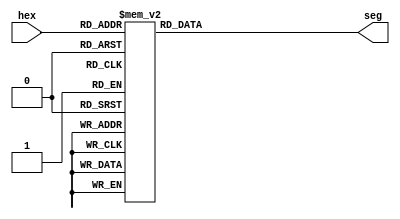
`timescale 1ns / 1ps

module hex2ssd(
    input [3:0] hex,
    output reg [6:0] seg
    );
	 
	 always @ (*)
	 begin
		case(hex)
			4'h0	:	seg = 7'h3f; //0
			4'h1	:	seg = 7'h06; //1
			4'h2	:	seg = 7'h5b; //2
			4'h3	:	seg = 7'h4f; //3
			4'h4	:	seg = 7'h66; //4
			4'h5	:	seg = 7'h6d; //5
			4'h6	:	seg = 7'h7d; //6
			4'h7	:	seg = 7'h07; //7
			4'h8	:	seg = 7'h7f; //8
			4'h9	:	seg = 7'h67; //9
			4'ha	:	seg = 7'h77; //a
			4'hb	:	seg = 7'h7c; //b
			4'hc	:	seg = 7'h39; //c
			4'hd	:	seg = 7'h5e; //d
			4'he	:	seg = 7'h79; //e
			4'hf	:	seg = 7'h71; //f
		endcase
	end
endmodule